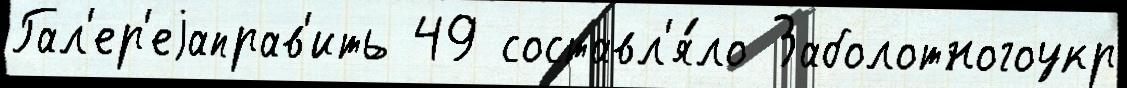
Гал'ер'еjаправ'ить 49 составл'я́ло Заболотногоукр